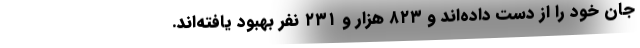
جان خود را از دست داده‌اند و ۸۲۳ هزار و ۲۳۱ نفر بهبود یافته‌اند.